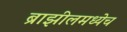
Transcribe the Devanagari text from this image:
ब्राझीलमध्येच